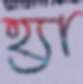
হ্যা